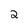
Character: 2